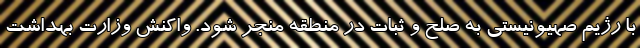
با رژیم صهیونیستی به صلح و ثبات در منطقه منجر شود. واکنش وزارت بهداشت